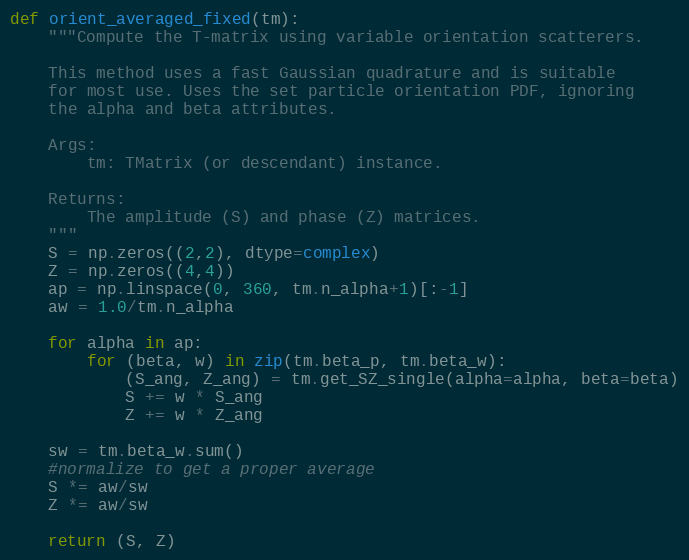
Language: Python
def orient_averaged_fixed(tm):
    """Compute the T-matrix using variable orientation scatterers.

    This method uses a fast Gaussian quadrature and is suitable
    for most use. Uses the set particle orientation PDF, ignoring
    the alpha and beta attributes.

    Args:
        tm: TMatrix (or descendant) instance.

    Returns:
        The amplitude (S) and phase (Z) matrices.
    """
    S = np.zeros((2,2), dtype=complex)
    Z = np.zeros((4,4))
    ap = np.linspace(0, 360, tm.n_alpha+1)[:-1]
    aw = 1.0/tm.n_alpha

    for alpha in ap:
        for (beta, w) in zip(tm.beta_p, tm.beta_w):
            (S_ang, Z_ang) = tm.get_SZ_single(alpha=alpha, beta=beta)
            S += w * S_ang
            Z += w * Z_ang

    sw = tm.beta_w.sum()
    #normalize to get a proper average
    S *= aw/sw
    Z *= aw/sw

    return (S, Z)